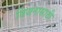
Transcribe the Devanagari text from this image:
विजनासाठी